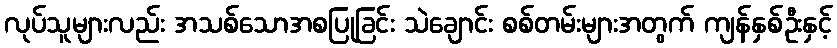
လုပ်သူများလည်း အသစ်သောအစပြုခြင်း သဲချောင်း စစ်တမ်းများအတွက် ကျန်နှစ်ဦးနှင့်